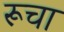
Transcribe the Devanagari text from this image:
रूचा